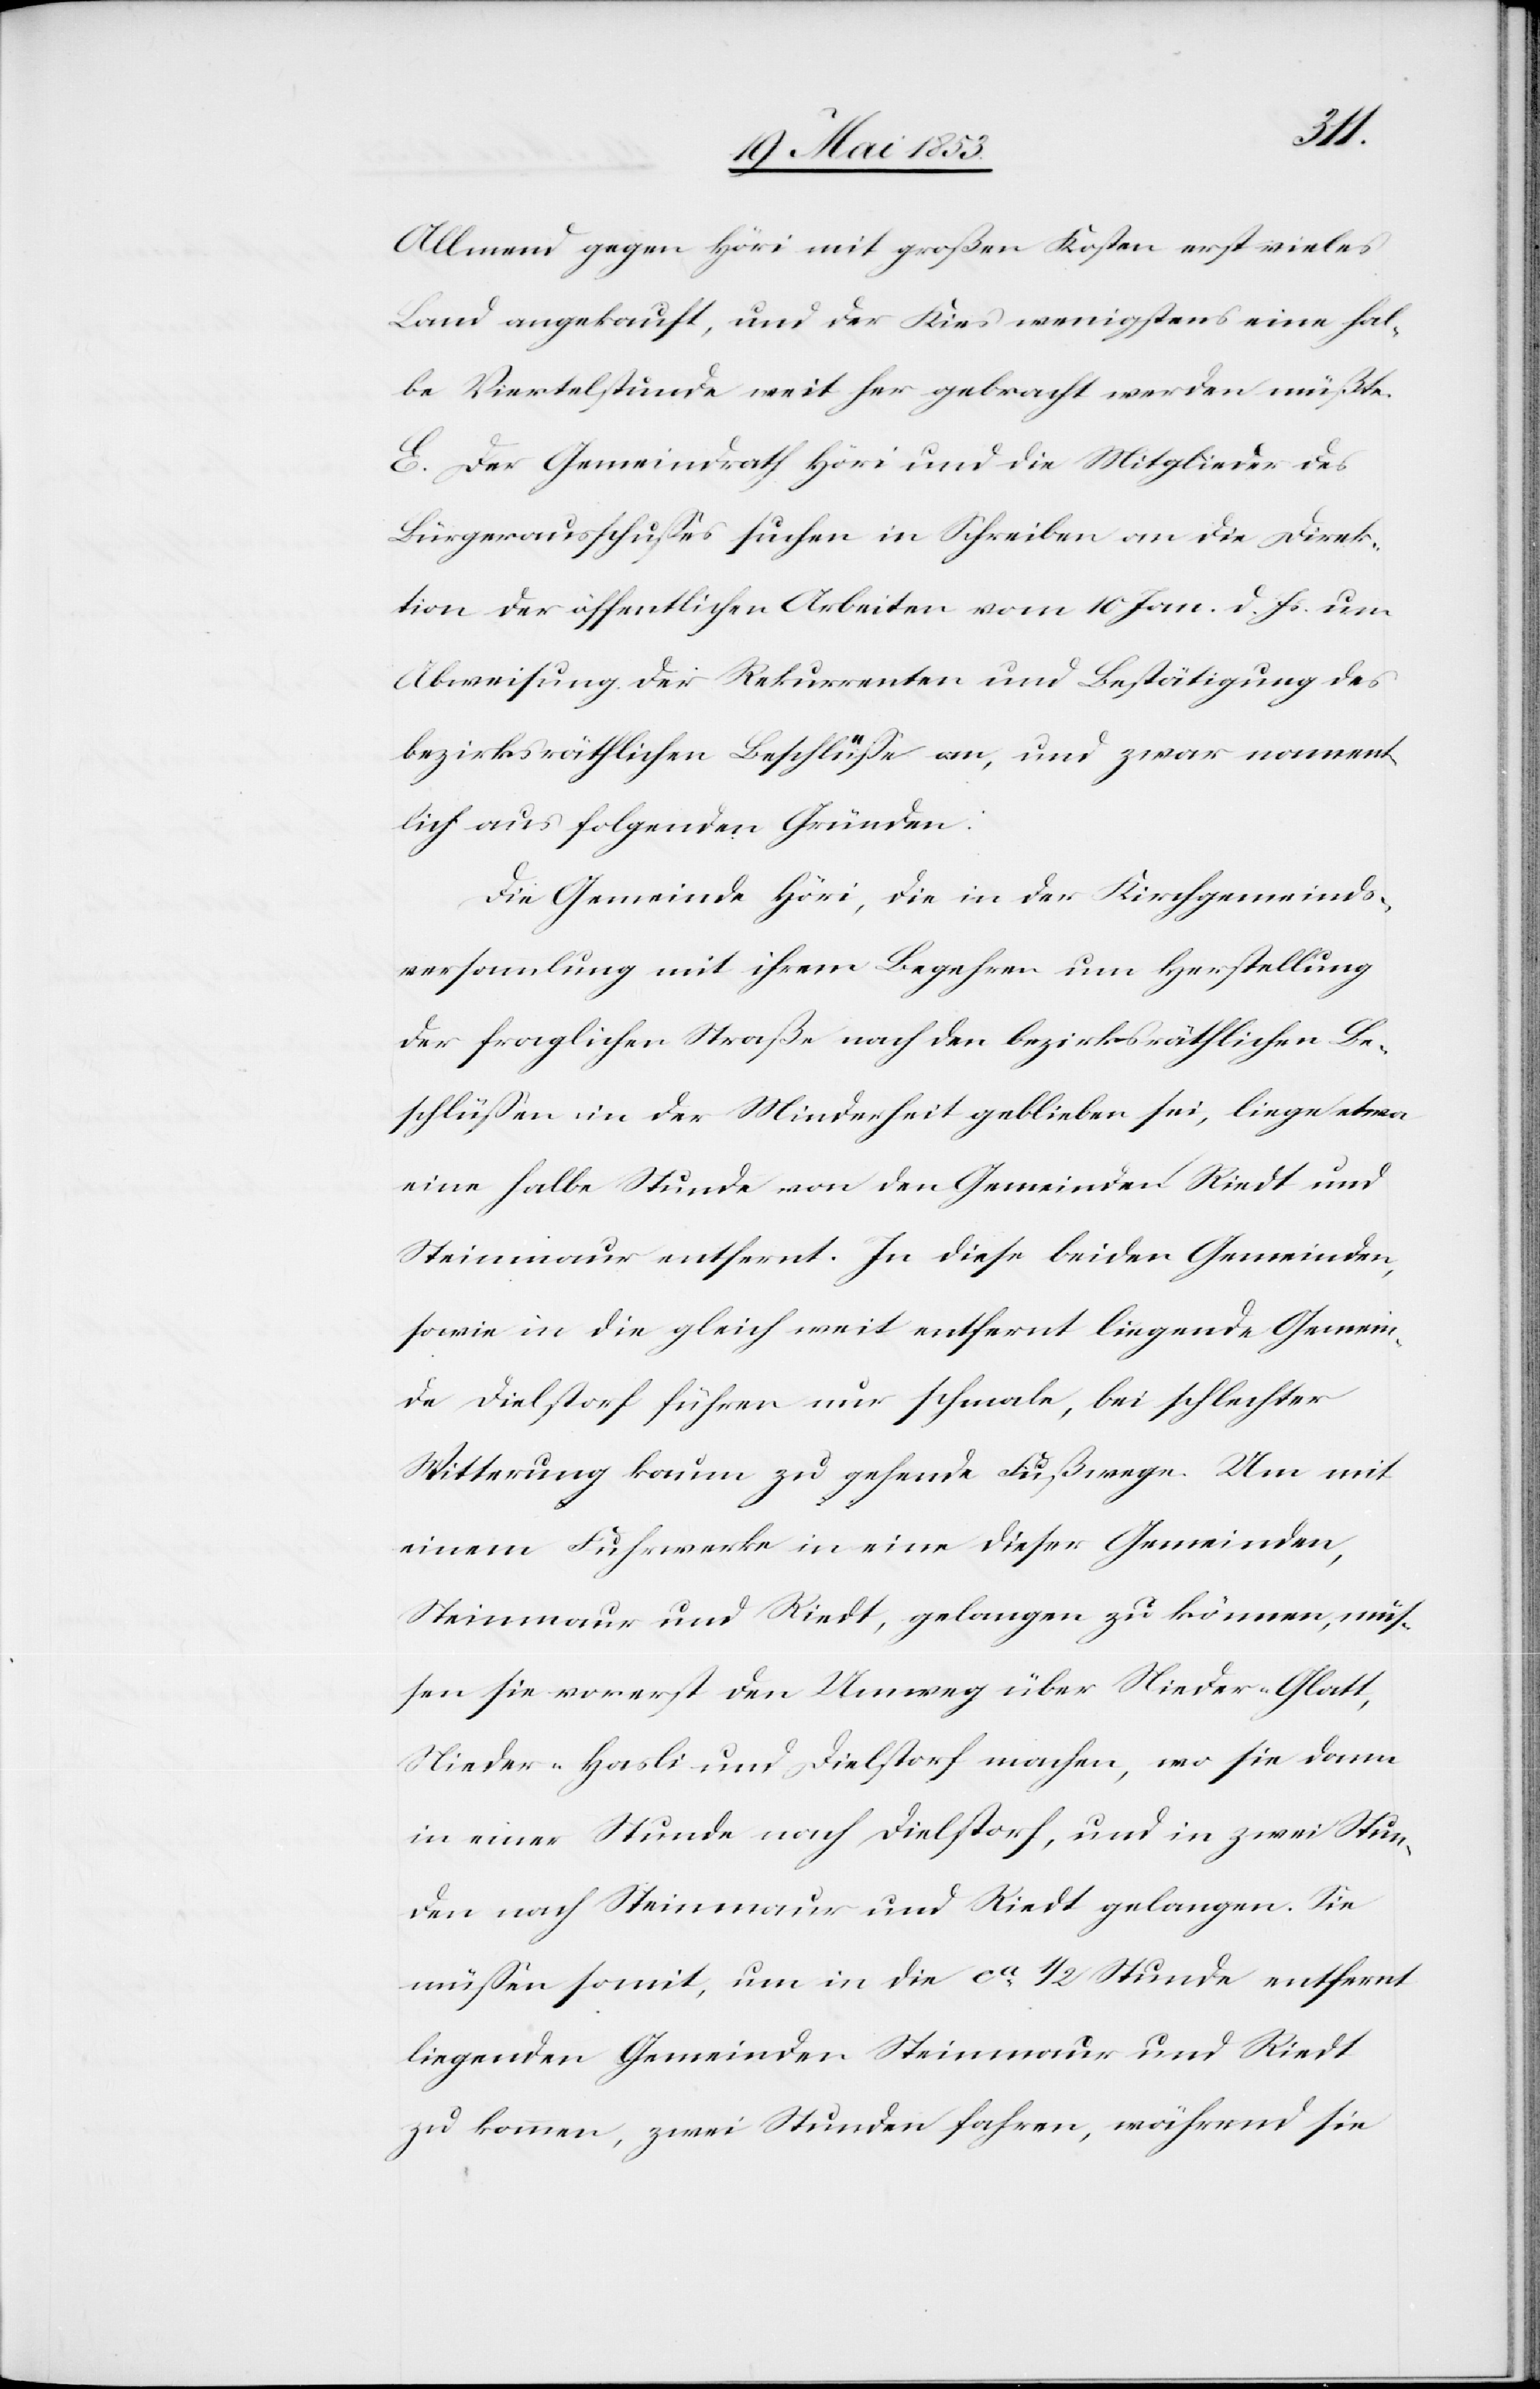
Allmend gegen Höri mit großen Kosten erst vieles
Land angekauft, und der Kies wenigstens eine hal¬
be Viertelstunde weit her gebracht werden müßte.
E. Der Gemeindrath Höri und die Mitglieder des
Bürgerausschußes suchen in Schreiben an die Direk¬
tion der öffentlichen Arbeiten vom 10. Jan. d. Js. Um
Abweisung der Rekurrenten und Bestätigung des
bezirksräthlichen Beschlüße an, und zwar nament¬
lich aus folgenden Gründen:
Die Gemeinde Höri, die in der Kirchgemeinds¬
versammlung mit ihrem Begehren um Herstellung
der fraglichen Straße nach den bezirksräthlichen Be¬
schlüßen in der Minderheit geblieben sei, liege e¬
ine halbe Stunde von den Gemeinden Riedt und
Steinmaur entfernt. In diese beiden Gemeinden,
sowie in die gleich weit entfernt liegende Gemein¬
de Dielstorf führen nur schmale, bei schlechter
Witterung kaum zu gehende Fußwege. Um mit
einem Fuhrwerke in eine dieser Gemeinden,
Steinmaur und Riedt, gelangen zu können, müs¬
sen sie vorerst den Umweg über Nieder-Glatt,
Nieder-Hasli und Dielstorf machen, wo sie dann
in einer Stunde nach Dielstorf, und in zwei Stun¬
den nach Steinmaur und Riedt gelangen. Sie
müßen somit, um in die ca. 1/2 Stunde entfernt
liegenden Gemeinden Steinmaur und Riedt
zu kommen, zwei Stunden fahren, während sie